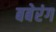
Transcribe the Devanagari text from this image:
बबेरंग